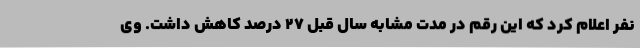
نفر اعلام کرد که این رقم در مدت مشابه سال قبل 27 درصد کاهش داشت. وی